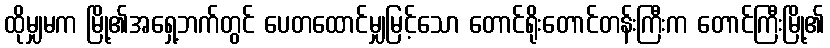
ထိုမျှမက မြို့၏အရှေ့ဘက်တွင် ပေတထောင်မျှမြင့်သော တောင်ရိုးတောင်တန်းကြီးက တောင်ကြီးမြို့၏